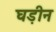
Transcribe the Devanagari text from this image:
घड़ीन